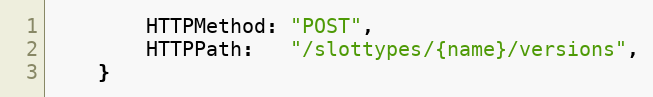
Language: Go
		HTTPMethod: "POST",
		HTTPPath:   "/slottypes/{name}/versions",
	}